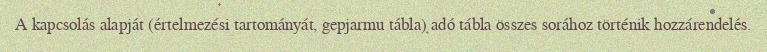
A kapcsolás alapját (értelmezési tartományát, gepjarmu tábla) adó tábla összes sorához történik hozzárendelés.